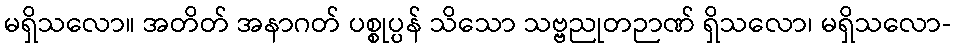
မရှိသလော။ အတိတ် အနာဂတ် ပစ္စုပ္ပန် သိသော သဗ္ဗညုတဉာဏ် ရှိသလော၊ မရှိသလော-